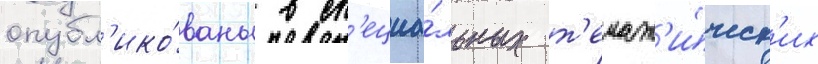
опубл'ико́ваны в сп'ециа́льных т'емат'и́ческ'их